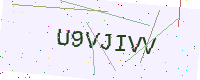
Text: U9VJIVV